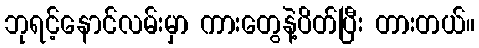
ဘုရင့်နောင်လမ်းမှာ ကားတွေနဲ့ပိတ်ပြီး တားတယ်။